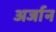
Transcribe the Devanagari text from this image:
अर्जान